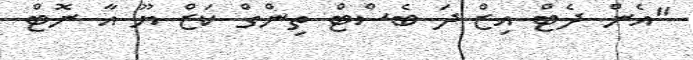
"އެން ދެޓް އިޒް ދަ ބެސްޓް ތިންގް ކަޒް ޔޫ އާ ނޮޓް